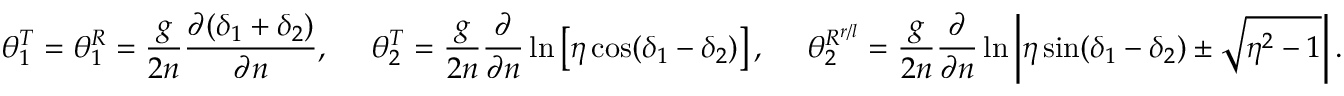
\theta _ { 1 } ^ { T } = \theta _ { 1 } ^ { R } = \frac { g } { 2 n } \frac { \partial ( \delta _ { 1 } + \delta _ { 2 } ) } { \partial n } , \ \ \ \ \theta _ { 2 } ^ { T } = \frac { g } { 2 n } \frac { \partial } { \partial n } \ln \left[ \eta \cos ( \delta _ { 1 } - \delta _ { 2 } ) \right] , \ \ \ \ \theta _ { 2 } ^ { R ^ { r / l } } = \frac { g } { 2 n } \frac { \partial } { \partial n } \ln \left| \eta \sin ( \delta _ { 1 } - \delta _ { 2 } ) \pm \sqrt { \eta ^ { 2 } - 1 } \right| .